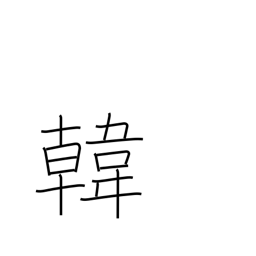
Meaning: Korea